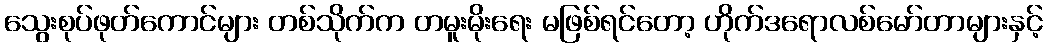
သွေးစုပ်ဖုတ်ကောင်များ တစ်သိုက်က တမူးမိုးရေး မဖြစ်ရင်တော့ ဟိုက်ဒရောလစ်မော်တာများနှင့်